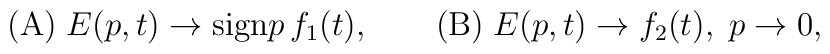
{\rm (A) }\; E(p,t)\to{\rm sign } p\,f_1(t), \qquad {\rm (B) } \;E(p,t)\to f_2(t),\; p\to0,